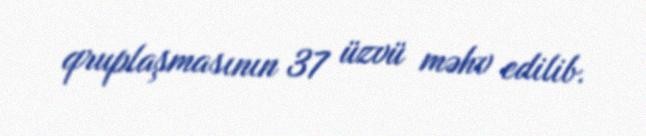
qruplaşmasının 37 üzvü məhv edilib.